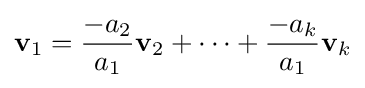
\mathbf {v} _{1}={\frac {-a_{2}}{a_{1}}}\mathbf {v} _{2}+\cdots +{\frac {-a_{k}}{a_{1}}}\mathbf {v} _{k}